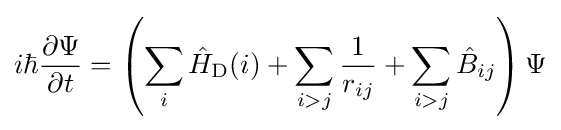
i\hbar {\frac {\partial \Psi }{\partial t}}=\left(\sum _{i}{\hat {H}}_{\rm {D}}(i)+\sum _{i>j}{\frac {1}{r_{ij}}}+\sum _{i>j}{\hat {B}}_{ij}\right)\Psi